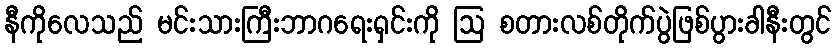
နီကိုလေသည် မင်းသားကြီးဘာဂရေးရှင်းကို ဩ စတားလစ်တိုက်ပွဲဖြစ်ပွားခါနီးတွင်